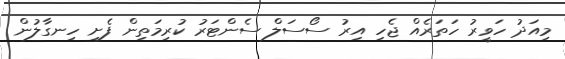
މިއަދު ހަވީރު ހަތަރެއް ޖެހި އިރު ސޯސަލް ސެންޓަރު ކުރިމަތިން ފެށި ހިނގާލުން